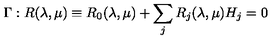
\Gamma : R ( \lambda , \mu ) \equiv R _ { 0 } ( \lambda , \mu ) + \sum _ { j } R _ { j } ( \lambda , \mu ) H _ { j } = 0